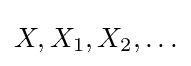
X,X_{1},X_{2},\ldots